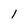
Character: 1